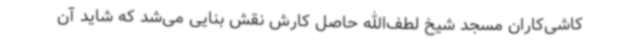
کاشی‌کاران مسجد شیخ لطف‌الله حاصل کارش نقش بنایی می‌شد که شاید آن